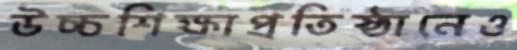
উচ্চশিক্ষাপ্রতিষ্ঠানেও